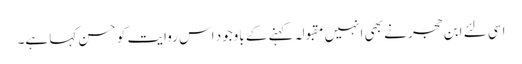
اسی لئے ابن حجر نے بھی انہیں مقبولہ کہنے کے باوجود اس روایت کو حسن کہا ہے۔